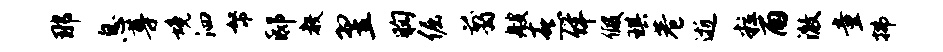
那息尊境泗帑邸教翌胸倔翦艘熹佯假琪巷逝粒雨澈童拂